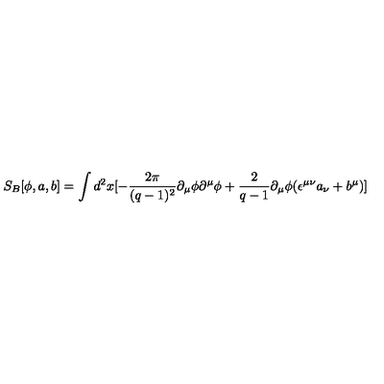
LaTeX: S _ { B } [ \phi , a , b ] = \int d ^ { 2 } x [ - \frac { 2 \pi } { ( q - 1 ) ^ { 2 } } \partial _ { \mu } \phi \partial ^ { \mu } \phi + \frac { 2 } { q - 1 } \partial _ { \mu } \phi ( \epsilon ^ { \mu \nu } a _ { \nu } + b ^ { \mu } ) ]